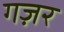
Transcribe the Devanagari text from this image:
गज़र